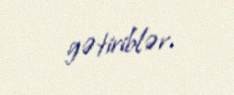
gətiriblər.